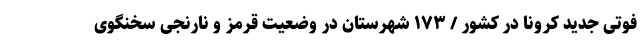
فوتی جدید کرونا در کشور / ۱۷۳ شهرستان در وضعیت قرمز و نارنجی سخنگوی